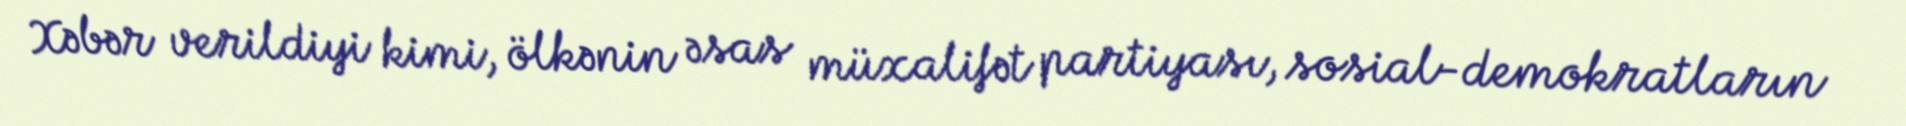
Xəbər verildiyi kimi, ölkənin əsas müxalifət partiyası, sosial-demokratların